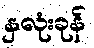
နှလုံးခုန်